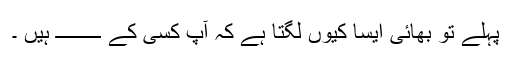
پہلے تو بھائی ایسا کیوں لگتا ہے کہ آپ کسی کے ـــــــــ ہیں ۔